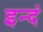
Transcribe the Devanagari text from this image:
इन्दं